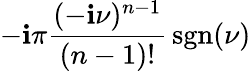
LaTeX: -\mathbf{i}\pi{\frac{{(-\mathbf{i}\nu)^{n-1}}}{{(n-1)!}}}\operatorname{sgn}(\nu)